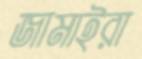
জামাইরা